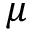
\mu